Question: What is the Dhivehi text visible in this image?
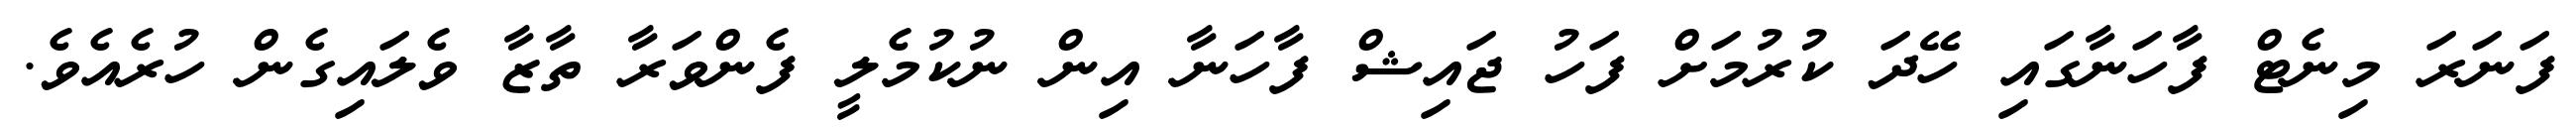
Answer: ފަނަރަ މިނެޓް ފާހަނާގައި ހޭދަ ކުރުމަށް ފަހު ޖައިޝް ފާހަނާ އިން ނުކުމެލީ ފެންވަރާ ތާޒާ ވެލައިގެން ހުރެއެވެ.